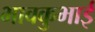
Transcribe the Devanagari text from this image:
भावकुभाई